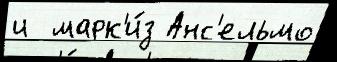
и  марк'и́з Анс'ельмо